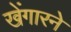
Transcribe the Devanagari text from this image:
खेंगारने